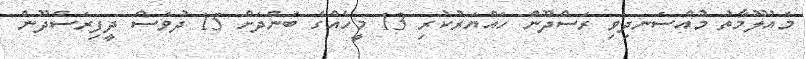
މައުލޫމާތު މުއްސަނދިވި ރަސްދޫން ހައްޔަރުކުރި 13 މީހެއްގެ ބަންދަށް 15 ދުވަސް ދީފިރަސްދޫން